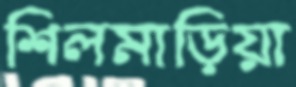
শিলমাড়িয়া